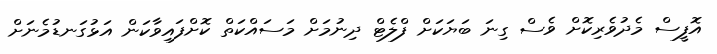
އޮފީސް މެދުވެރިކޮށް ވެސް ގިނަ ބަޔަކަަށް ފްލެޓް ދިނުމަށް މަސައްކަތް ކޮށްފައިވާކަން އަޅުގަނޑުމެނަށް